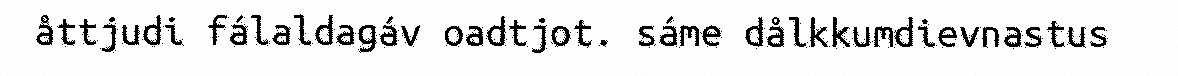
åttjudi fálaldagáv oadtjot. sáme dålkkumdievnastus